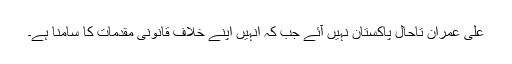
علی عمران تاحال پاکستان نہیں آئے جب کہ انہیں اپنے خلاف قانونی مقدمات کا سامنا ہے۔